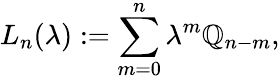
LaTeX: L_{n}(\lambda):=\sum_{m=0}^{n}\lambda^{m}\mathbb{Q}_{n-m},